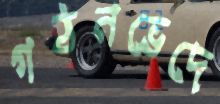
গঠনভেদে